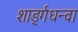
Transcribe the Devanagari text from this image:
शार्ङ्गधन्वा